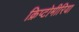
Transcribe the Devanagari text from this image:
क्रिप्टोमीरिया